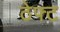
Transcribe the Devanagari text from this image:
ठेफ्ट